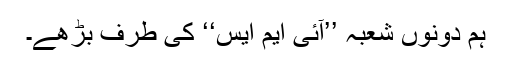
ہم دونوں شعبہ ’’آئی ایم ایس‘‘ کی طرف بڑھے۔